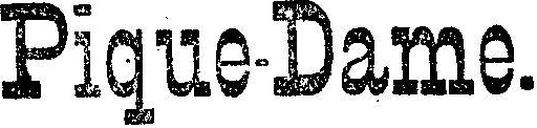
Pique-Dame.